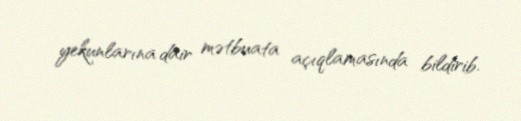
yekunlarına dair mətbuata açıqlamasında bildirib.